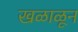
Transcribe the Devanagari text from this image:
खळाळून